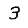
Digit: 3